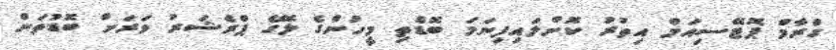
ގްރާމް ޕޮޓޭސިއަމް އިތުރު ކޮށްލައިފިނަމަ ބޮޑެތި މީހުންގެ ލޭގެ ޕްރެޝަރު ވަރަށް ބޮޑުތަން